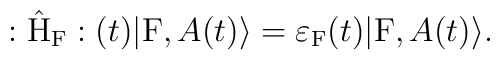
:\hat{\rm H}_{\rm F}:(t) |{\rm F}, A(t) \rangle ={\varepsilon}_{\rm F}(t) |{\rm F}, A(t) \rangle.